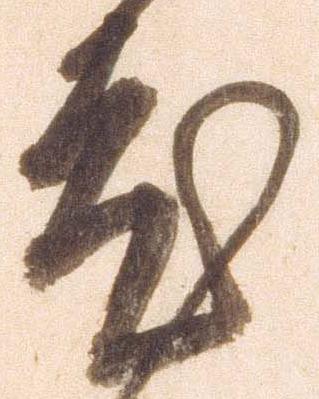
度